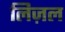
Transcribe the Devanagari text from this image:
लिज़ल